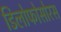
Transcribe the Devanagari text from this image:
डिलोफोसोरस